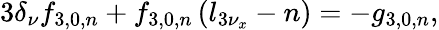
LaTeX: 3\delta_{\nu}f_{3,0,n}+f_{3,0,n}\left(l_{3\nu_{x}}-n\right)=-g_{3,0,n},